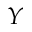
Y